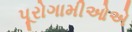
પૂરોગામીઓએ